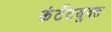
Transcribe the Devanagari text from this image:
कंटेंटयुक्त